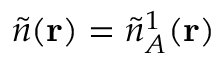
\tilde { n } ( \mathbf { r } ) = \tilde { n } _ { A } ^ { 1 } ( \mathbf { r } )